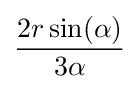
{\frac {2r\sin(\alpha )}{3\alpha }}